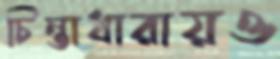
চিন্তাধারায়ও